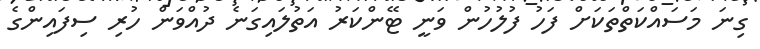
ގިނަ މަސައްކަތްތަކަށް ފަހު ފުލުހުން ވަނީ ޓޭންކަރު އަތުލައިގަނެ ދުއްވަން ހުރި ސިފައިންގެ